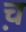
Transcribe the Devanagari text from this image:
च़